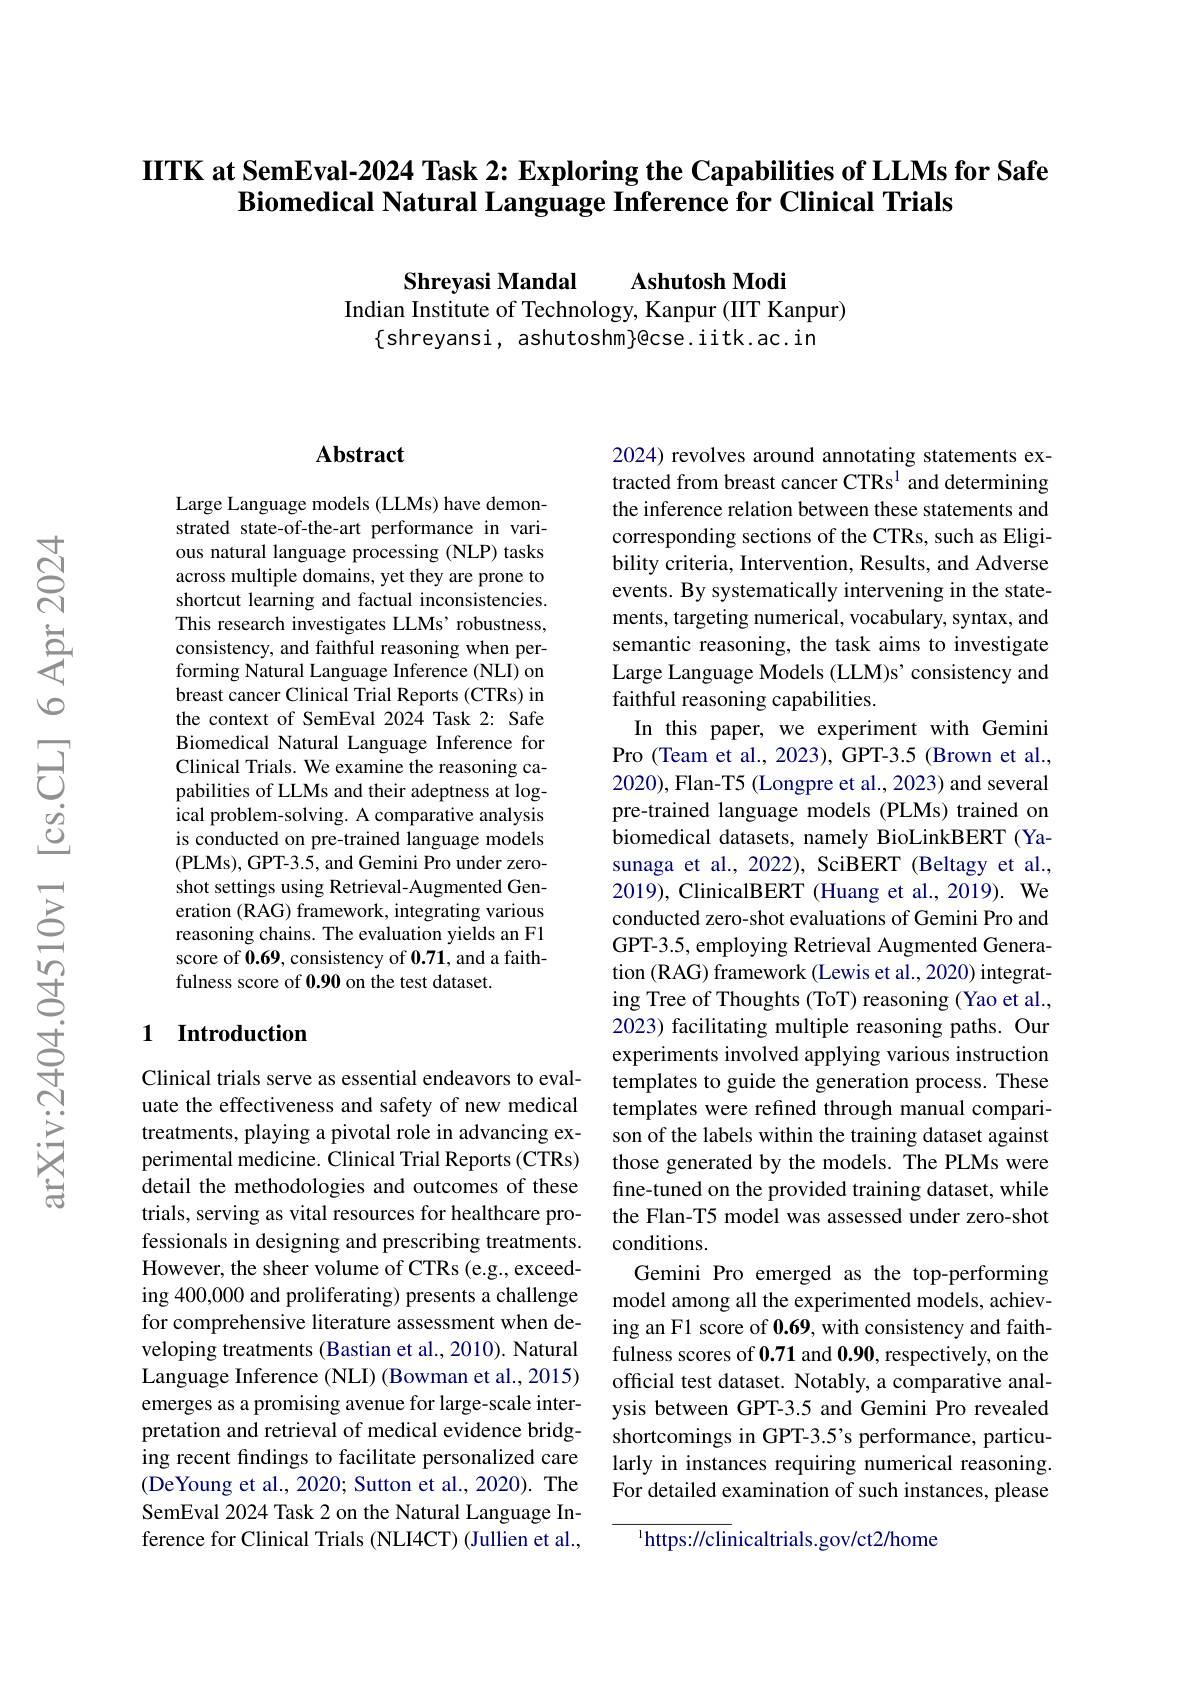
IITK at SemEval-2024 Task 2: Exploring the Capabilities of LLMs for Safe
Biomedical Natural Language Inference for Clinical Trials

Ashutosh Modi
Shreyasi Mandal
Indian Institute of Technology, Kanpur (IIT Kanpur)
$\{$shreyansi, ashutoshm}@cse.iitk.ac.in

## Abstract

Large Language models (LLMs) have demonstrated state-of-the-art performance in various natural language processing (NLP) tasks across multiple domains, yet they are prone to shortcut learning and factual inconsistencies. This research investigates LLMs' robustness, consistency, and faithful reasoning when performing Natural Language Inference (NLI) on breast cancer Clinical Trial Reports (CTRs) in the context of SemEval 2024 Task 2: Safe Biomedical Natural Language Inference for Clinical Trials. We examine the reasoning capabilities of LLMs and their adeptness at logical problem-solving. A comparative analysis is conducted on pre-trained language models (PLMs), GPT-3.5, and Gemini Pro under zeroshot settings using Retrieval-Augmented Generation (RAG) framework, integrating various reasoning chains. The evaluation yields an F1 score of 0.69, consistency of 0.71, and a faithfulness score of 0.90 on the test dataset.

## 1 Introduction

Clinical trials serve as essential endeavors to evaluate the effectiveness and safety of new medical treatments, playing a pivotal role in advancing experimental medicine. Clinical Trial Reports (CTRs) detail the methodologies and outcomes of these trials, serving as vital resources for healthcare professionals in designing and prescribing treatments. However, the sheer volume of CTRs (e.g., exceeding 400,000 and proliferating) presents a challenge for comprehensive literature assessment when developing treatments (Bastian et al., 2010). Natural Language Inference (NLI) (Bowman et al., 2015) emerges as a promising avenue for large-scale interpretation and retrieval of medical evidence bridging recent findings to facilitate personalized care (DeYoung et al., 2020; Sutton et al., 2020). The SemEval 2024 Task 2 on the Natural Language Inference for Clinical Trials (NLI4CT) (Jullien et al.,

2024) revolves around annotating statements extracted from breast cancer CTRs$^{1}$ and determining the inference relation between these statements and corresponding sections of the CTRs, such as Eligibility criteria, Intervention, Results, and Adverse events. By systematically intervening in the statements, targeting numerical, vocabulary, syntax, and semantic reasoning, the task aims to investigate Large Language Models (LLM)s' consistency and faithful reasoning capabilities.
In this paper, we experiment with Gemini Pro (Team et al., 2023), GPT-3.5 (Brown et al., 2020), Flan-T5 (Longpre et al., 2023) and several pre-trained language models (PLMs) trained on biomedical datasets, namely BioLinkBERT (Yasunaga et al., 2022), SciBERT (Beltagy et al., 2019), ClinicalBERT (Huang et al., 2019). We conducted zero-shot evaluations of Gemini Pro and GPT-3.5, employing Retrieval Augmented Generation (RAG) framework (Lewis et al., 2020) integrating Tree of Thoughts (ToT) reasoning (Yao et al., 2023) facilitating multiple reasoning paths. Our experiments involved applying various instruction templates to guide the generation process. These templates were refined through manual comparison of the labels within the training dataset against those generated by the models. The PLMs were fine-tuned on the provided training dataset, while the Flan-T5 model was assessed under zero-shot conditions.
Gemini Pro emerged as the top-performing model among all the experimented models, achieving an F1 score of 0.69, with consistency and faithfulness scores of 0.71 and 0.90, respectively, on the official test dataset. Notably, a comparative analysis between GPT-3.5 and Gemini Pro revealed shortcomings in GPT-3.5's performance, particularly in instances requiring numerical reasoning. For detailed examination of such instances, please

$^{1}$https://clinicaltrials.gov/ct2/home